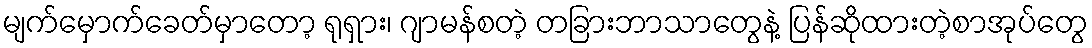
မျက်မှောက်ခေတ်မှာတော့ ရုရှား၊ ဂျာမန်စတဲ့ တခြားဘာသာတွေနဲ့ ပြန်ဆိုထားတဲ့စာအုပ်တွေ